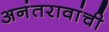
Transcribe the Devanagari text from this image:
अनंतरावांची